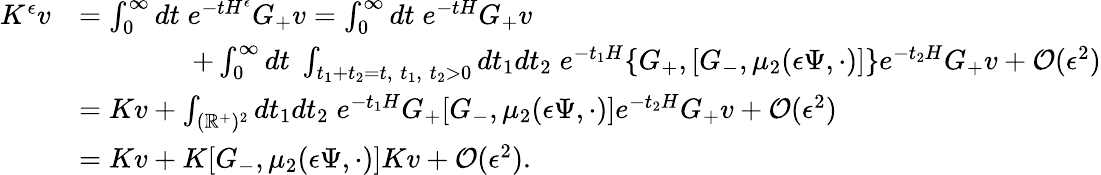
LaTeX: \begin{array}{rl}{K^{\epsilon}v}&{=\int_{0}^{\infty}dt\; e^{-tH^{\epsilon}}G_{+}v=\int_{0}^{\infty}dt\; e^{-tH}G_{+}v}\\ &{\qquad\qquad+\int_{0}^{\infty}dt\; \int_{t_{1}+t_{2}=t,\; t_{1},\; t_{2}>0}dt_{1}dt_{2}\; e^{-t_{1}H}\{ G_{+},[G_{-},\mu_{2}({\epsilon}\Psi,\cdot)]\} e^{-t_{2}H}G_{+}v+\mathcal{O}({\epsilon}^{2})}\\ &{=Kv+\int_{(\mathbb{R}^{+})^{2}}dt_{1}dt_{2}\; e^{-t_{1}H}G_{+}[G_{-},\mu_{2}({\epsilon}\Psi,\cdot)]e^{-t_{2}H}G_{+}v+\mathcal{O}({\epsilon}^{2})}\\ &{=Kv+K[G_{-},\mu_{2}({\epsilon}\Psi,\cdot)]Kv+\mathcal{O}({\epsilon}^{2}).}\end{array}